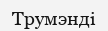
Трумэнді